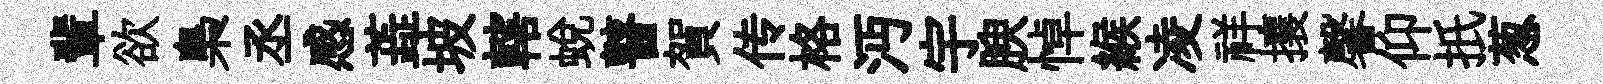
輩欲梟丞感蕋坡轄蜕瞽賀传格沔宇腴悼緱凌祥攘馨仰扺葱